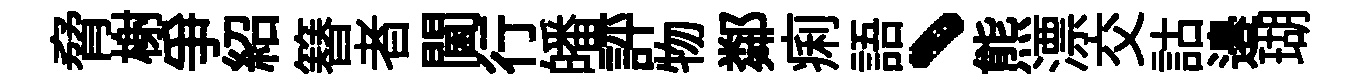
脅榭争紹簮者閫行皤評物鄰痢語、熊漂交詁邉瑚